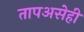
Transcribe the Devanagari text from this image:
तापअसेही